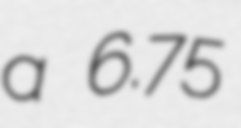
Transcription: a 6.75